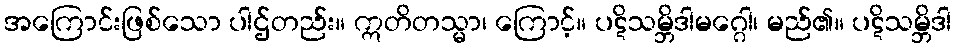
အကြောင်းဖြစ်သော ပါဌ်တည်း။ ဣတိတသ္မာ၊ ကြောင့်။ ပဋိသမ္ဘိဒါမဂ္ဂေါ၊ မည်၏။ ပဋိသမ္ဘိဒါ